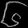
Digit: ၆